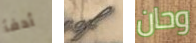
أدفأ of وحان